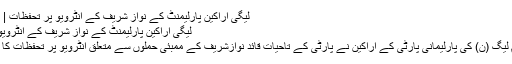
لیگی اراکینِ پارلیمنٹ کے نواز شریف کے انٹرویو پر تحفظات | Daily Aaj
لیگی اراکینِ پارلیمنٹ کے نواز شریف کے انٹرویو پر تحفظات
پاکستان مسلم لیگ (ن) کی پارلیمانی پارٹی کے اراکین نے پارٹی کے تاحیات قائد نوازشریف کے ممبئی حملوں سے متعلق انٹرویو پر تحفظات کا اظہار کردیا۔